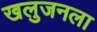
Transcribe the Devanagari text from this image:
खलुजनला